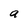
Character: a